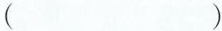
（）